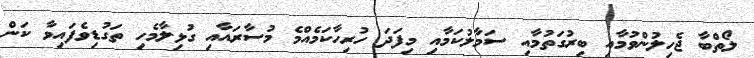
ލޯތްބާ ޖެހިލުންވުމާއި ބިރުގަތުމާއި ސަމާލުކަމާއި މިފަދަ ހުރިހާކަމެއްމެ މުސާރައާއި ގުޅިލާމެހި ތަގުޑިވެފައިވާ ކަން